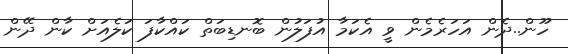
ހޫން..ދެން އަހަރެމެން ވީ އެކަމާ އުފަލުން ބޮނޑިބަތް ކައްކާފަ ކަލެއަށް ކާން ދޭން